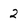
Character: 2